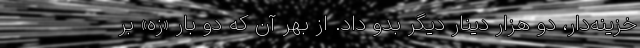
خزینه‌دار، دو هزار دینار دیگر بدو داد. از بهر آن که دو بار «زه» بر